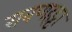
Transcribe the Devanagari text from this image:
रावणहट्टा